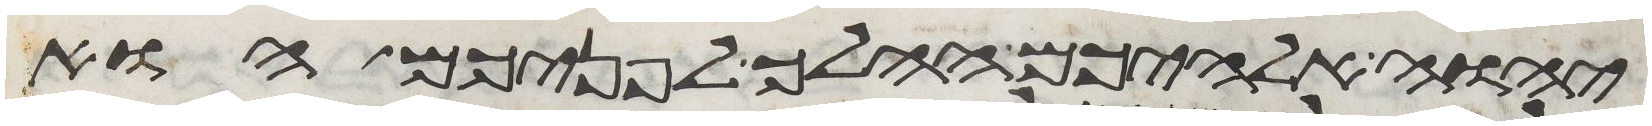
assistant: יהוה אלהיכם ההלך לפניכם הוא